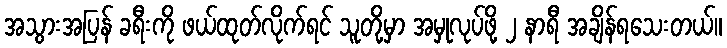
အသွားအပြန် ခရီးကို ဖယ်ထုတ်လိုက်ရင် သူတို့မှာ အမှုလုပ်ဖို့ ၂ နာရီ အချိန်ရသေးတယ်။